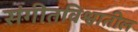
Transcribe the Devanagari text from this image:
संगीतविश्वातील